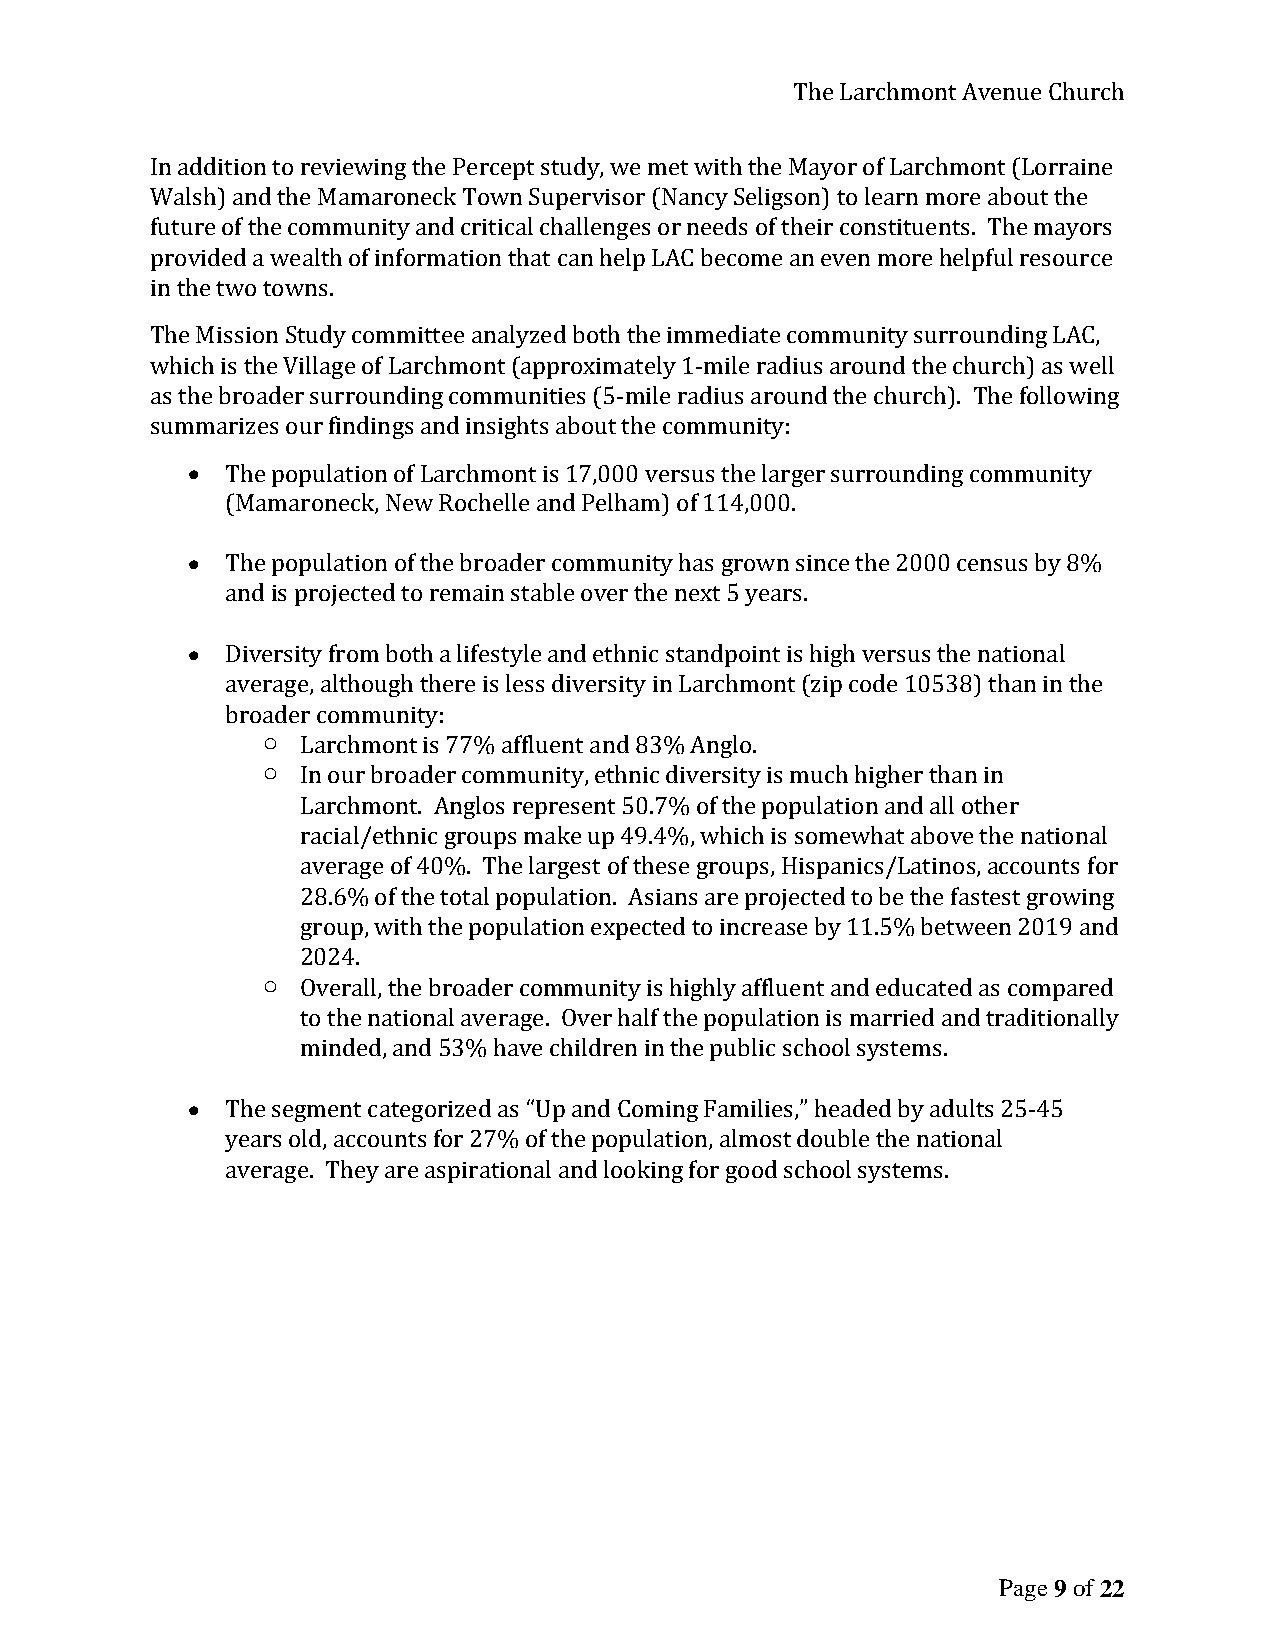
The Larchmont Avenue Church
 In addition to reviewing the Percept study, we met with the Mayor of Larchmont (Lorraine
 Walsh) and the Mamaroneck Town Supervisor (Nancy Seligson) to learn more about the
 future of the community and critical challenges or needs of their constituents. The mayors
 provided a wealth of information that can help LAC become an even more helpful resource
 in the two towns.
 The Mission Study committee analyzed both the immediate community surrounding LAC,
 which is the Village of Larchmont (approximately 1-mile radius around the church) as well
 as the broader surrounding communities (5-mile radius around the church). The following
 summarizes our findings and insights about the community:
 •  The population of Larchmont is 17,000 versus the larger surrounding community
 (Mamaroneck, New Rochelle and Pelham) of 114,000.
 •  The population of the broader community has grown since the 2000 census by 8%
 and is projected to remain stable over the next 5 years.
 •  Diversity from both a lifestyle and ethnic standpoint is high versus the national
 average, although there is less diversity in Larchmont (zip code 10538) than in the
 broader community:
 o  Larchmont is 77% affluent and 83% Anglo.
 o  In our broader community, ethnic diversity is much higher than in
 Larchmont. Anglos represent 50.7% of the population and all other
 racial/ethnic groups make up 49.4%, which is somewhat above the national
 average of 40%. The largest of these groups, Hispanics/Latinos, accounts for
 28.6% of the total population. Asians are projected to be the fastest growing
 group, with the population expected to increase by 11.5% between 2019 and
 2024.
 o  Overall, the broader community is highly affluent and educated as compared
 to the national average. Over half the population is married and traditionally
 minded, and 53% have children in the public school systems.
 •  The segment categorized as “Up and Coming Families,” headed by adults 25-45
 years old, accounts for 27% of the population, almost double the national
 average. They are aspirational and looking for good school systems.
 Page 9 of 22